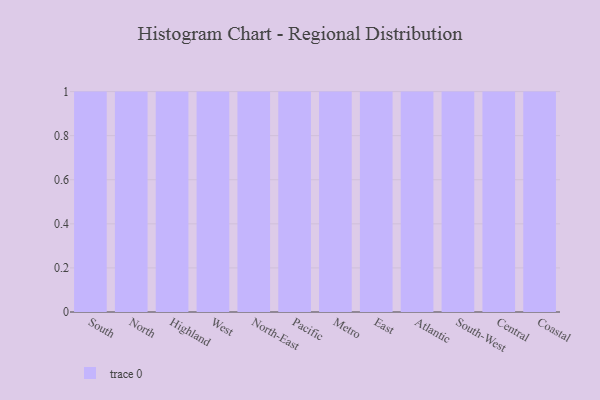
{"axis": {"x": "Region", "y": "LTV (USD)"}, "legend": [""], "data": [{"x": "South", "y": 8, "type": ""}, {"x": "North", "y": 74, "type": ""}, {"x": "Highland", "y": 16, "type": ""}, {"x": "West", "y": 70, "type": ""}, {"x": "North-East", "y": 69, "type": ""}, {"x": "Pacific", "y": 48, "type": ""}, {"x": "Metro", "y": 90, "type": ""}, {"x": "East", "y": 50, "type": ""}, {"x": "Atlantic", "y": 58, "type": ""}, {"x": "South-West", "y": 76, "type": ""}, {"x": "Central", "y": 61, "type": ""}, {"x": "Coastal", "y": 55, "type": ""}]}